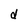
Character: d